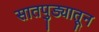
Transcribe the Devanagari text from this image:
सातपुड्यातून